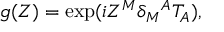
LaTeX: g ( Z ) = \exp ( i Z ^ { M } \delta _ { M } { } ^ { A } T _ { A } ) ,